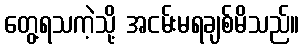
တွေ့ရသကဲ့သို့ အငမ်းမရချစ်မိသည်။